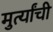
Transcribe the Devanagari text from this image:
मुर्त्यांची